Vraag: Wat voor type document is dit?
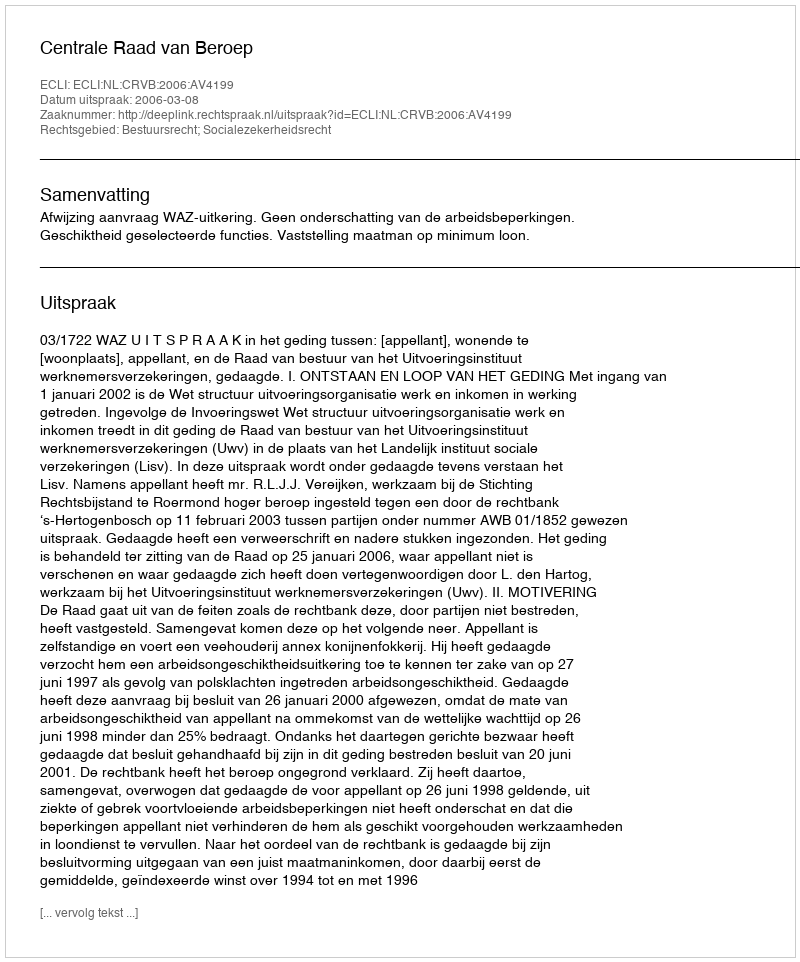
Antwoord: Uitspraak